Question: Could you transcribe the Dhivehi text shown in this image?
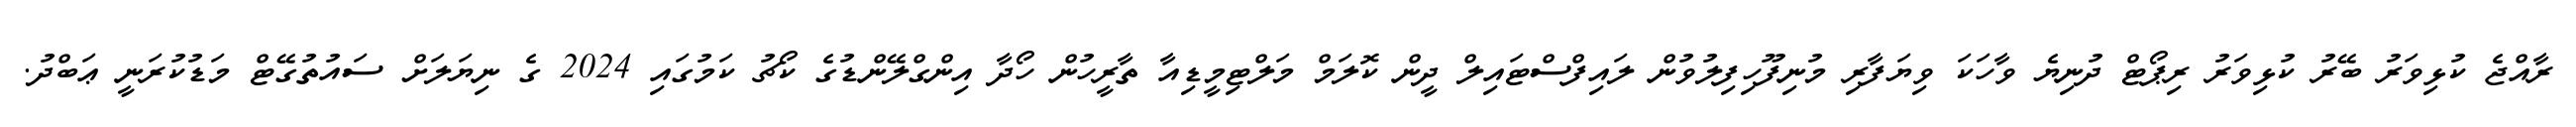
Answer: ރާއްޖެ ކުޅިވަރު ބޭރު ކުޅިވަރު ރިޕޯޓް ދުނިޔެ ވާހަކަ ވިޔަފާރި މުނިފޫހިފިލުވުން ލައިފްސްޓައިލް ދީން ކޮލަމް މަލްޓިމީޑިއާ ތާރީހުން ހޯދާ އިންގްލޭންޑުގެ ކޯޗު ކަމުގައި 2024 ގެ ނިޔަލަށް ސައުތުގޭޓް މަޑުކުރަނީ ޢަބްދު.